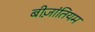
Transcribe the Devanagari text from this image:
बीज़ांतियम